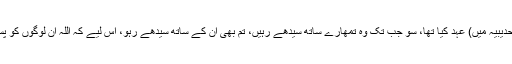
ہاں جن لوگوں سے تم نے مسجد حرام کے پاس (حدیبیہ میں) عہد کیا تھا، سو جب تک وہ تمھارے ساتھ سیدھے رہیں، تم بھی اُن کے ساتھ سیدھے رہو، اِس لیے کہ اللہ اُن لوگوں کو پسند کرتا ہے جو (بد عہدی سے) بچنے والے ہوں۔